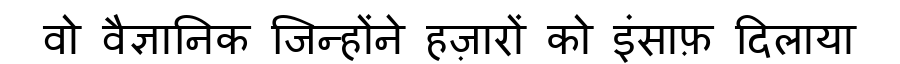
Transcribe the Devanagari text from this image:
वो वैज्ञानिक जिन्होंने हज़ारों को इंसाफ़ दिलाया